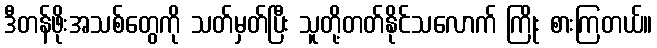
ဒီတန်ဖိုးအသစ်တွေကို သတ်မှတ်ပြီး သူတို့တတ်နိုင်သလောက် ကြိုး စားကြတယ်။